Report on vaccination in the Province of Bengal - 1874-1889
Year: 1874
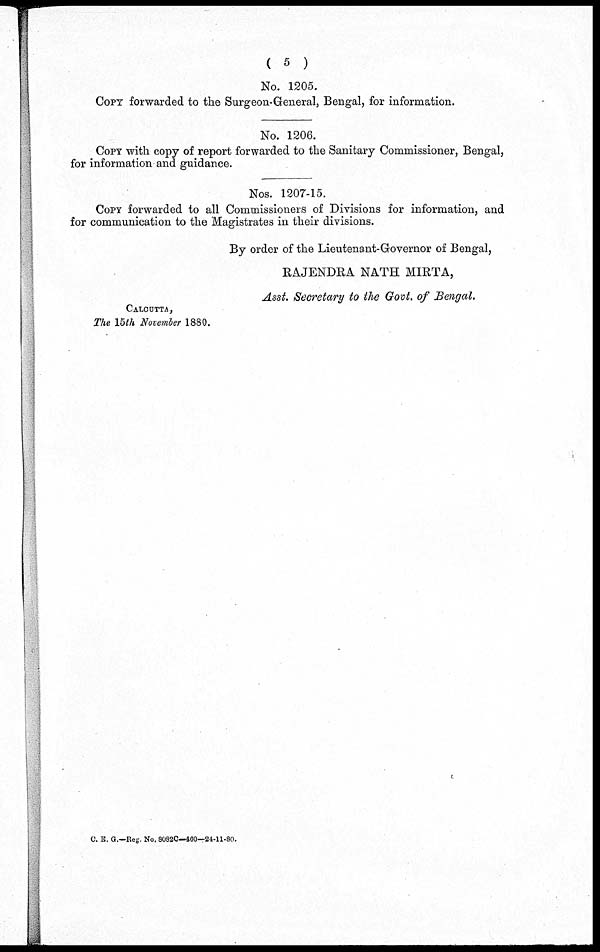
( 5 )
No. 1205.
COPY forwarded to the Surgeon-General, Bengal, for information.
No. 1206.
COPY with copy of report forwarded to the Sanitary Commissioner, Bengal,
for information and guidance.
Nos. 1207-15.
COPY forwarded to all Commissioners of Divisions for information, and
for communication to the Magistrates in their divisions.
By order of the Lieutenant-Governor of Bengal,
RAJENDRA NATH MIRTA,
Asst. Secretary to the Govt. of Bengal.
CALCUTTA,
The 15th November 1880.
C. E. G.—Reg. No. 8082C—460—24-11-80.